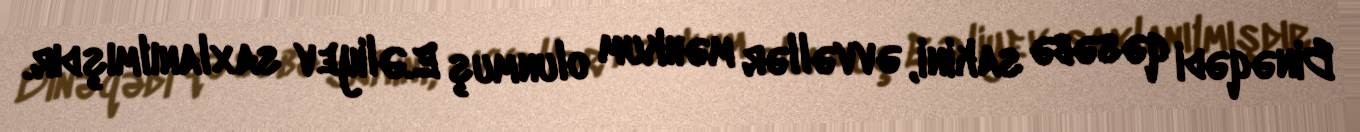
Binəqədi qəsəbə sakini, əvvəllər məhkum olunmuş E.Əliyev saxlanılmışdır.